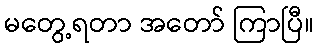
မတွေ့ရတာ အတော် ကြာပြီ။